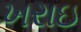
ખરાઇ